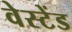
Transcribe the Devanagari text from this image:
वेस्टेंड